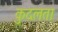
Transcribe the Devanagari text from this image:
कुदलता